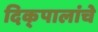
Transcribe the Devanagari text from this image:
दिक्‌पालांचे